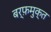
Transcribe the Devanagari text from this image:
बर्फ़मुक्त